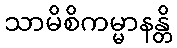
သာမိစိကမ္မာနန္တိ